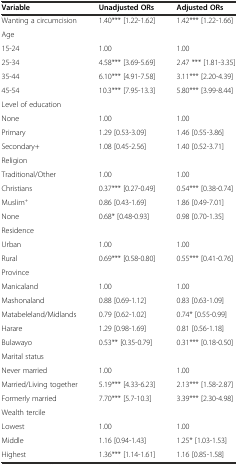
<table><thead><tr><td><b>Variable</b></td><td><b>Unadjusted ORs</b></td><td><b>Adjusted ORs</b></td></tr></thead><tbody><tr><td>Wanting a circumcision</td><td>1.40*** [1.22-1.62]</td><td>1.42*** [1.22-1.66]</td></tr><tr><td>Age</td><td></td><td></td></tr><tr><td>15-24</td><td>1.00</td><td>1.00</td></tr><tr><td>25-34</td><td>4.58*** [3.69-5.69]</td><td>2.47 *** [1.81-3.35]</td></tr><tr><td>35-44</td><td>6.10*** [4.91-7.58]</td><td>3.11*** [2.20-4.39]</td></tr><tr><td>45-54</td><td>10.3*** [7.95-13.3]</td><td>5.80*** [3.99-8.44]</td></tr><tr><td>Level of education</td><td></td><td></td></tr><tr><td>None</td><td>1.00</td><td>1.00</td></tr><tr><td>Primary</td><td>1.29 [0.53-3.09]</td><td>1.46 [0.55-3.86]</td></tr><tr><td>Secondary+</td><td>1.08 [0.45-2.56]</td><td>1.40 [0.52-3.71]</td></tr><tr><td>Religion</td><td></td><td></td></tr><tr><td>Traditional/Other</td><td>1.00</td><td>1.00</td></tr><tr><td>Christians</td><td>0.37*** [0.27-0.49]</td><td>0.54*** [0.38-0.74]</td></tr><tr><td>Muslim<sup>+</sup></td><td>0.86 [0.43-1.69]</td><td>1.86 [0.49-7.01]</td></tr><tr><td>None</td><td>0.68* [0.48-0.93]</td><td>0.98 [0.70-1.35]</td></tr><tr><td>Residence</td><td></td><td></td></tr><tr><td>Urban</td><td>1.00</td><td>1.00</td></tr><tr><td>Rural</td><td>0.69*** [0.58-0.80]</td><td>0.55*** [0.41-0.76]</td></tr><tr><td>Province</td><td></td><td></td></tr><tr><td>Manicaland</td><td>1.00</td><td>1.00</td></tr><tr><td>Mashonaland</td><td>0.88 [0.69-1.12]</td><td>0.83 [0.63-1.09]</td></tr><tr><td>Matabeleland/Midlands</td><td>0.79 [0.62-1.02]</td><td>0.74* [0.55-0.99]</td></tr><tr><td>Harare</td><td>1.29 [0.98-1.69]</td><td>0.81 [0.56-1.18]</td></tr><tr><td>Bulawayo</td><td>0.53** [0.35-0.79]</td><td>0.31*** [0.18-0.50]</td></tr><tr><td>Marital status</td><td></td><td></td></tr><tr><td>Never married</td><td>1.00</td><td>1.00</td></tr><tr><td>Married/Living together</td><td>5.19*** [4.33-6.23]</td><td>2.13*** [1.58-2.87]</td></tr><tr><td>Formerly married</td><td>7.70*** [5.7-10.3]</td><td>3.39*** [2.30-4.98]</td></tr><tr><td>Wealth tercile</td><td></td><td></td></tr><tr><td>Lowest</td><td>1.00</td><td>1.00</td></tr><tr><td>Middle</td><td>1.16 [0.94-1.43]</td><td>1.25* [1.03-1.53]</td></tr><tr><td>Highest</td><td>1.36*** [1.14-1.61]</td><td>1.16 [0.85-1.58]</td></tr></tbody></table>